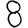
Digit: 8